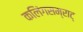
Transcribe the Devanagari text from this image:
कलिंगसम्राट्